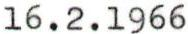
16.2.1966